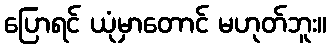
ပြောရင် ယုံမှာတောင် မဟုတ်ဘူး။